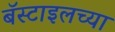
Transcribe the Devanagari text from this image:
बॅस्टाइलच्या